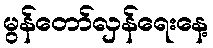
မွန်တော်လှန်ရေးနေ့